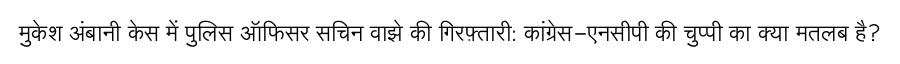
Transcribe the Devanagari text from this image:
मुकेश अंबानी केस में पुलिस ऑफिसर सचिन वाझे की गिरफ़्तारी: कांग्रेस-एनसीपी की चुप्पी का क्या मतलब है?